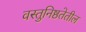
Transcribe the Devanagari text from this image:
वस्तुनिष्ठतेतील